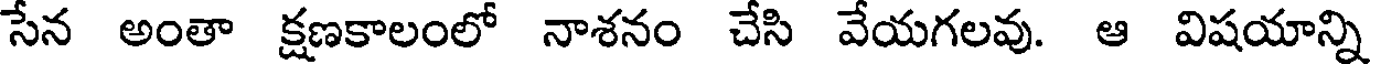
సేన అంతా క్షణకాలంలో నాశనం చేసి వేయగలవు. ఆ విషయాన్ని